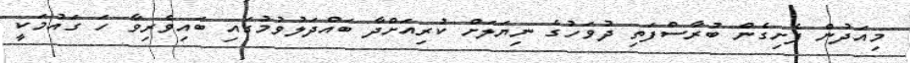
މިއަދުން ފެށިގެން ބުރާސްފަތި ދުވަހުގެ ނިޔަލަށް ކުރިއަށްދާ ބައްދަލުވުމުގައި ބައިވެރިވާ ހަ ގައުމަކީ